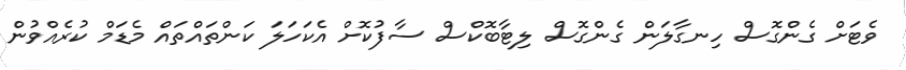
ވެޓަށް ގެންގޮސް ހިނގާލަން ގެންގޮސް ލިޓާބޮކްސް ސާފުކޮށް އެކަހަލަ ކަންތައްތައް މެޑަމް ކުރެއްވުން